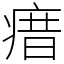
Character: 瘄